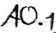
Text: A0.1